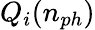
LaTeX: Q_{i}(n_{ph})